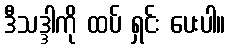
ဒီသဒ္ဒါကို ထပ် ရှင်း ပေးပါ။